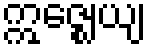
ဣဇ္ဈေယျ